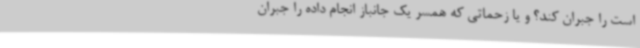
است را جبران کند؟ و یا زحماتی که همسر یک جانباز انجام داده را جبران